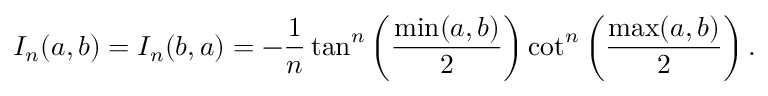
I _ { n } ( a , b ) = I _ { n } ( b , a ) = - \frac { 1 } { n } \tan ^ { n } \left( \frac { \operatorname* { m i n } ( a , b ) } { 2 } \right) \cot ^ { n } \left( \frac { \operatorname* { m a x } ( a , b ) } { 2 } \right) .